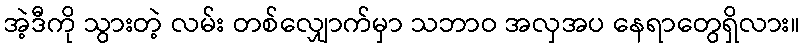
အဲ့ဒီကို သွားတဲ့ လမ်း တစ်လျှောက်မှာ သဘာဝ အလှအပ နေရာတွေရှိလား။